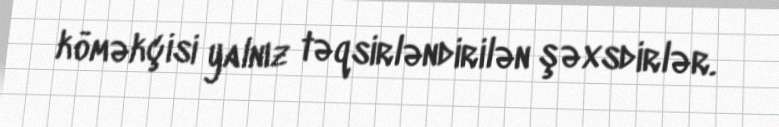
köməkçisi yalnız təqsirləndirilən şəxsdirlər.